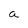
Character: a